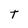
Character: T